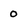
Character: 0